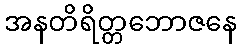
အနတိရိတ္တဘောဇနေ